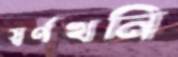
স্বর্ণখনি